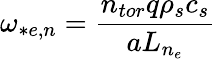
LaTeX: \omega_{*e,n}=\frac{n_{tor}q\rho_{s}c_{s}}{aL_{n_{e}}}